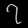
Digit: ၇